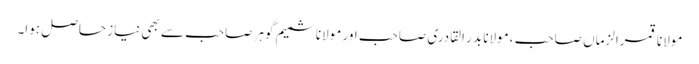
مولانا قمرالزماں صاحب ،مولانا بدر القادری صاحب اور مولانا شمیم گوہر صاحب سے بھی نیاز حاصل ہوا۔